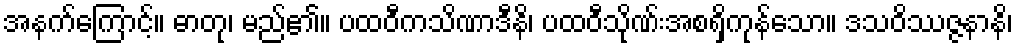
အနက်ကြောင့်။ ဓာတု၊ မည်၏။ ပထဝီကသိဏာဒီနိ၊ ပထဝီသိုဏ်းအစရှိကုန်သော။ ဒသဝိဿဇ္ဇနာနိ၊